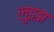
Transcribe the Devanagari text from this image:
लुइझ